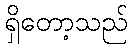
ရှိတော့သည်